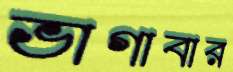
ভাগাবার